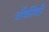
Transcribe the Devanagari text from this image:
चौकीची